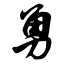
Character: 勇